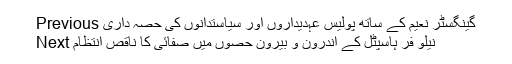
Previous گینگسٹر نعیم کے ساتھ پولیس عہدیداروں اور سیاستدانوں کی حصہ داری
Next نیلو فر ہاسپٹل کے اندرون و بیرون حصوں میں صفائی کا ناقص انتظام